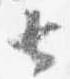
サ